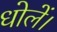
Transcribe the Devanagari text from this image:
धोलें।